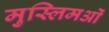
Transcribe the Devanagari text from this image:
मुस्लिमओं